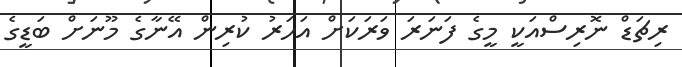
ރިޗަޑް ނޮރިސްއަކީ މީގެ ފަނަރަ ވަރަކަށް އަހަރު ކުރިން އޭނާގެ މޫނަށް ބަޑީގެ